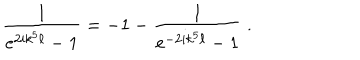
LaTeX: { \frac { 1 } { e ^ { 2 i k ^ { 5 } \ell } - 1 } } = - 1 - { \frac { 1 } { e ^ { - 2 i k ^ { 5 } \ell } - 1 } } \ .